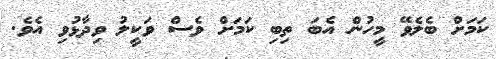
ކަމަށް ބެލެވޭ މީހުން އެބަ ތިބި ކަމަށް ވެސް ވަކީލު ވިދާޅުވި އެވެ.